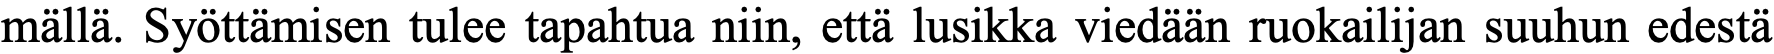
mällä. Syöttämisen tulee tapahtua niin, että lusikka viedään ruokailijan suuhun edestä